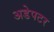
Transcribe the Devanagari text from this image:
अडेपटर